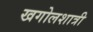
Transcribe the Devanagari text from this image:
खगोलशात्री